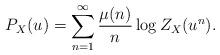
LaTeX: \begin{align*}P_{X}(u)&= \sum_{n=1}^{\infty} \dfrac{\mu(n)}{n} \log Z_{X}(u^{n}). \end{align*}